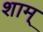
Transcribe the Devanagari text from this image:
शाम्